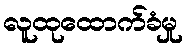
လူထုထောက်ခံမှု